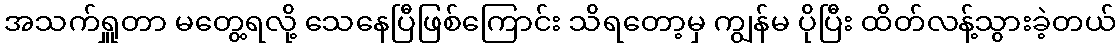
အသက်ရှူတာ မတွေ့ရလို့ သေနေပြီဖြစ်ကြောင်း သိရတော့မှ ကျွန်မ ပိုပြီး ထိတ်လန့်သွားခဲ့တယ်